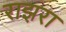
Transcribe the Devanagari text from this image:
राझरा